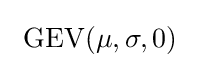
\ \operatorname {GEV} (\mu ,\sigma ,0)~